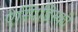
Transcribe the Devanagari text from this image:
ऐस्पिडिस्की